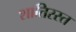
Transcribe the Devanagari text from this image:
शातिरस्त